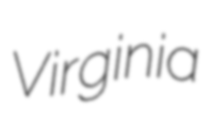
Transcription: Virginia